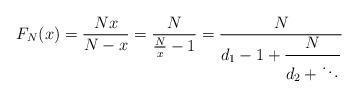
LaTeX: \begin{align*}F_N(x)=\frac{Nx}{N-x}=\frac{N}{\frac{N}{x}-1}=\frac{N}{d_1-1+\displaystyle\frac{N}{d_2+\ddots}}\end{align*}